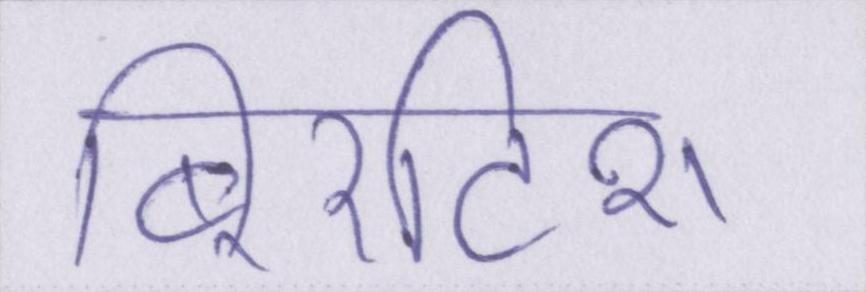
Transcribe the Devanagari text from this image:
बि्रटिश